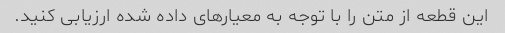
این قطعه از متن را با توجه به معیارهای داده شده ارزیابی کنید.